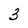
Character: 3